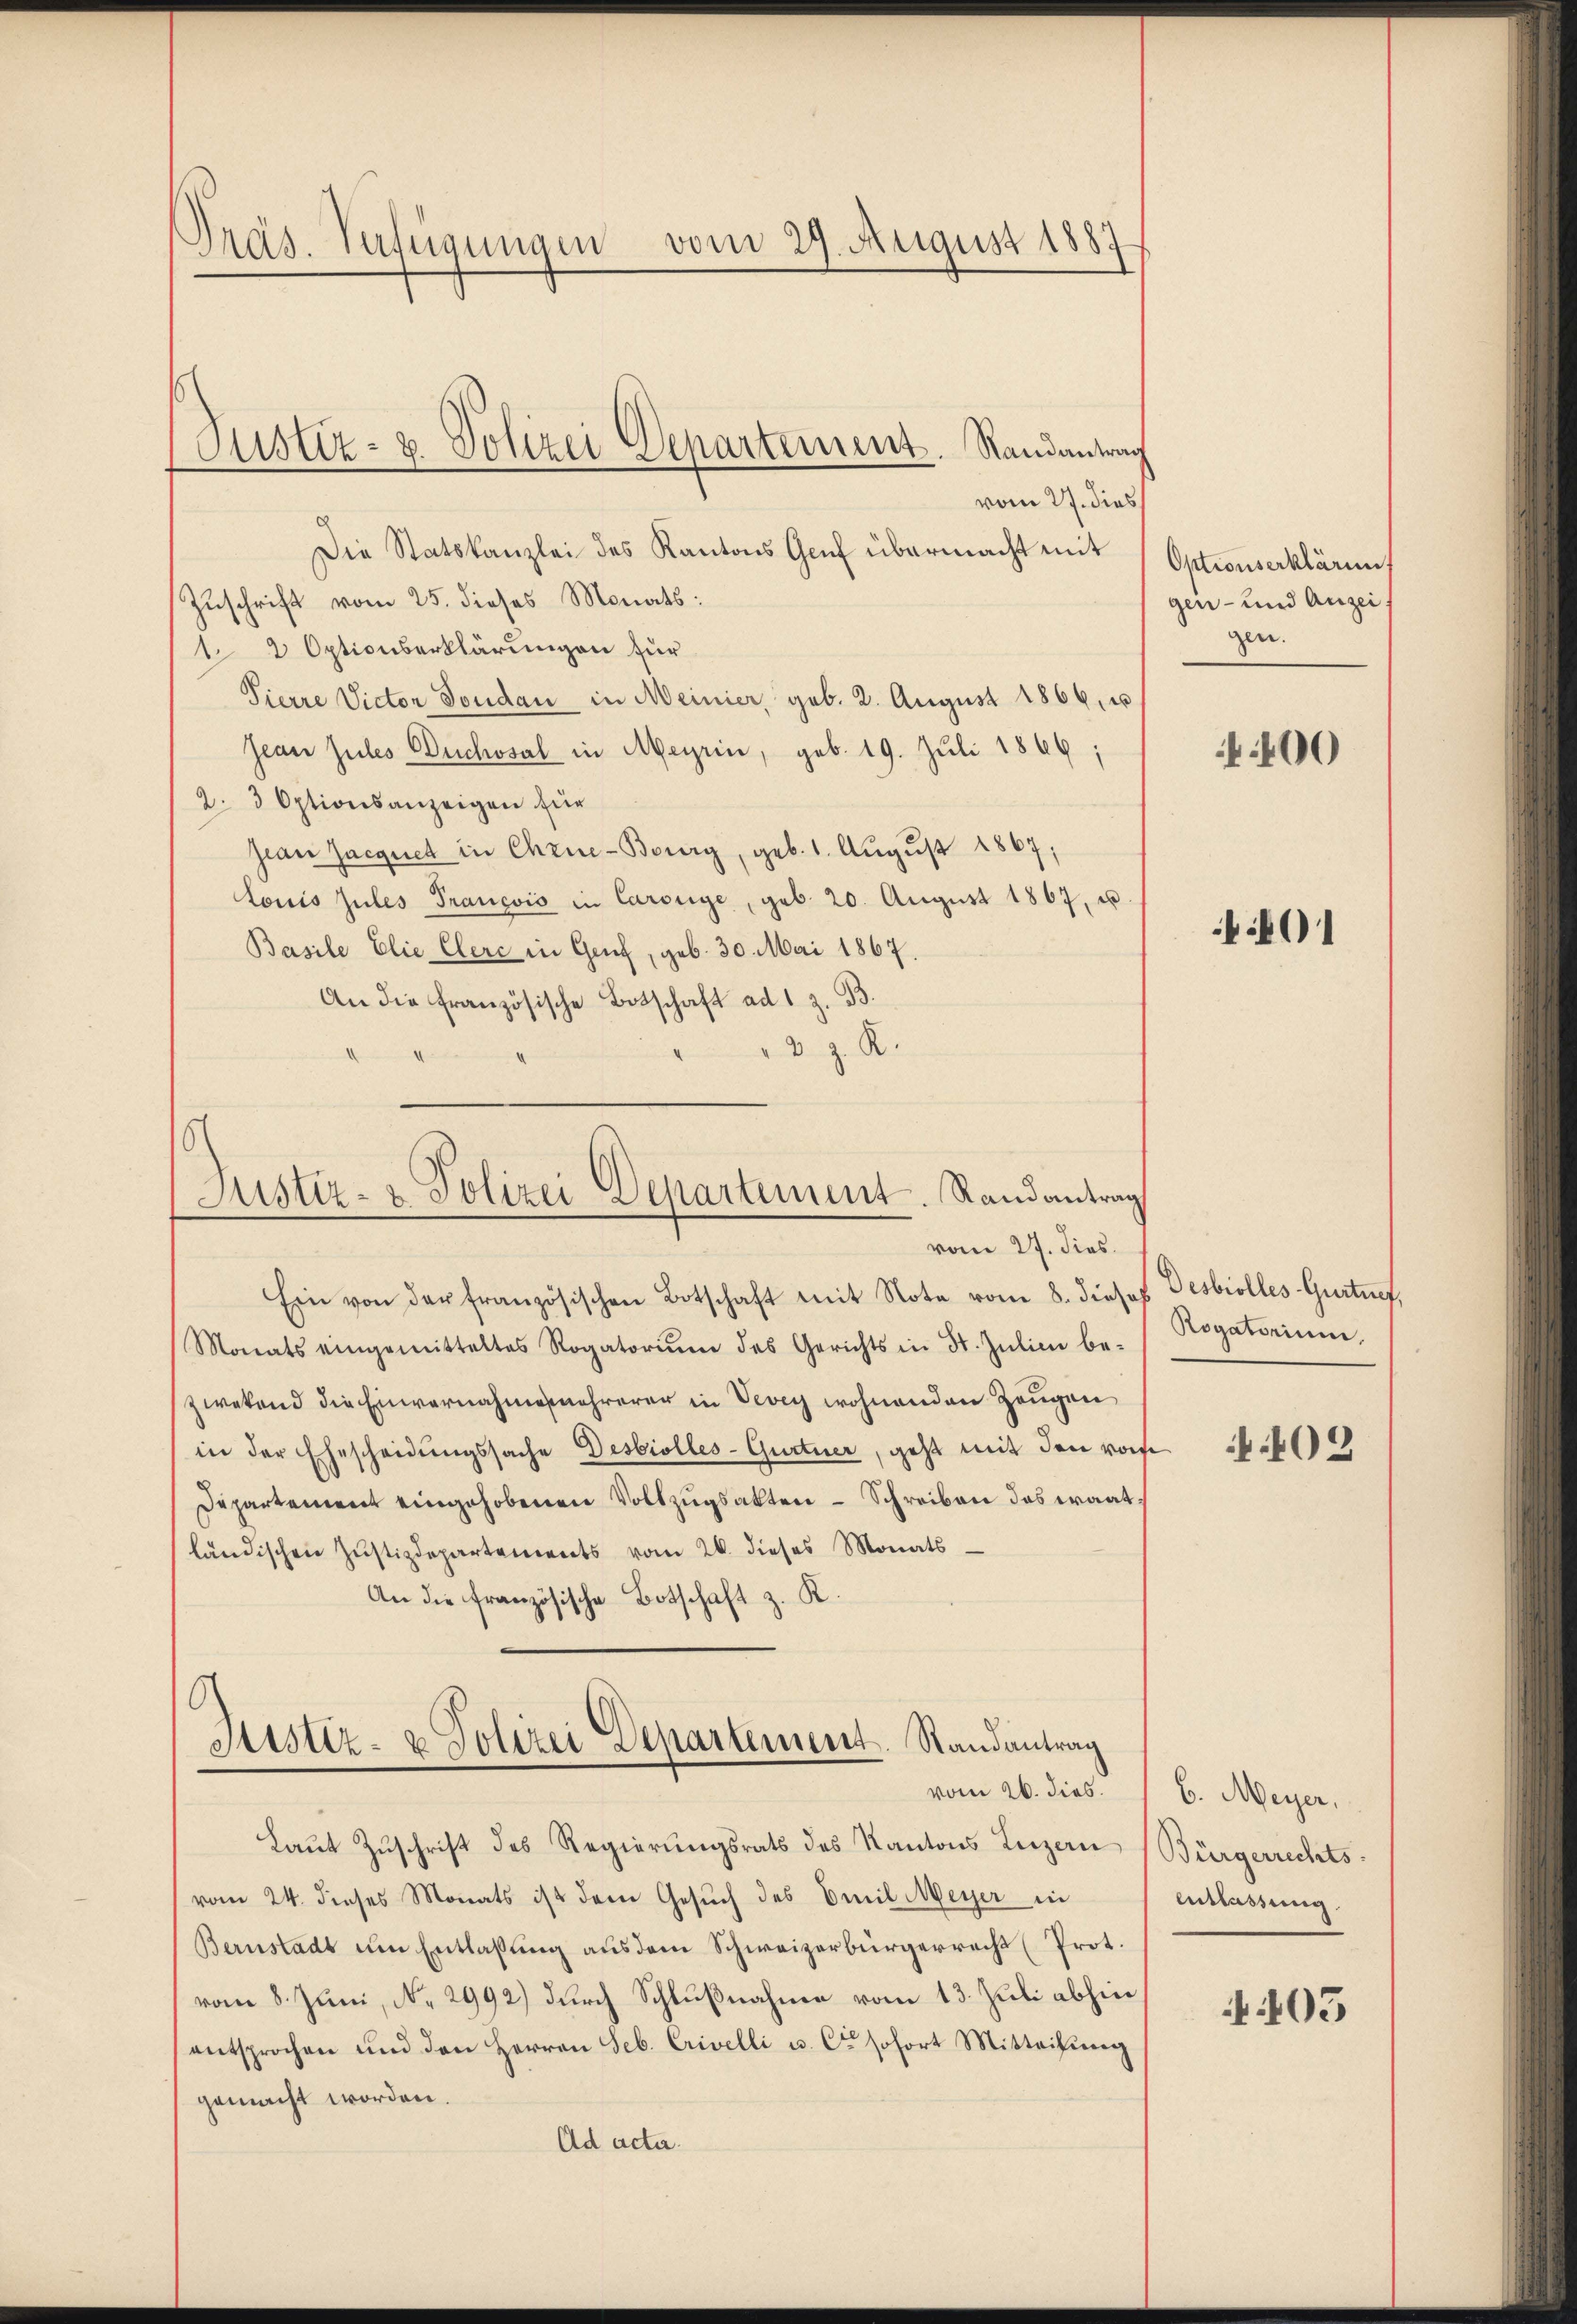
Präs. Verfügungen vom 29. August 1887

vom 27. dies
Die Statskanzlei des Kantons Genf übermacht mit
Zuschrift vom 25. dieses Monats:
1 2 Optionserklärungen für
Pierre Victor Dondau in Meinier, geb. 2. August 1866, u
Jean zules Buchssal in Meyrin, geb. 19. Juli 1869;
2.3 Optionsanzeigen für
jean Jacquet in Chrie-Berry, geb. 1. Aŭgŭst 1867;
Louis Jules Prancois in Carouge, geb. 20. Aŭgŭst 1867, u.
Basile Elie Clere in Genf, geb. 30. Mai 1867.
An die französische Botschaft ad 1 z. B.
3 J. K.

Justiz- u. Polizei Departement. Randantrag

vom 27. dies
Ein von der französischen Botschaft mit Note vom 8. dieses Desbiolles-Gurtief,
Monats eingemitteltes Rogatorium des Gerichts in St. Julii be-
zwekend die Einvernahmesmehrerer in Vevey wohnenden Zeugen
in der Ehescheidungssache Desbiolles-Gurtner, geht mit den vorhe
Departement eingehobenen Vollzugsakten - Schreiben das waatländischen Justizdepartements vom 26. dieses Monats
An die französische Botschaft z. K.

Justiz- & Polizei Departement. Randantrag

Laut Zuschrift des Regierungsrats des Kantons Luzern (Bürgerrechtsvom 24. dieses Monats ist dem Gesŭch des Emil Meyer in
Bernstadt um Entlassung aus dem Schweizerbürgerrecht (Prot.
vom 8. Juni, No. 2992) durch Schlußnahme vom 13. Juli abhin
entsprochen und den Herren Seb. Crivelli u. Cie sofort Mitteilung
gemacht worden.
Ad acta.

Sistiz- & Polizei Departement. Randantrag
vom 26. dies.

Optionserklären.
gen- und Anzei
gen.

400

401

Rogatorium,

4402

b. Meyer,
Entlassung.

4405